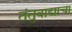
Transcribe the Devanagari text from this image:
तंतुवाद्याचा